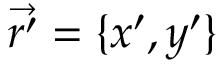
\vec { r ^ { \prime } } = \{ x ^ { \prime } , y ^ { \prime } \}